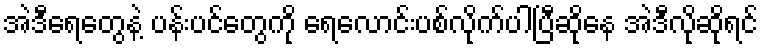
အဲဒီရေတွေနဲ့ ပန်းပင်တွေကို ရေလောင်းပစ်လိုက်ပါပြီဆိုနေ အဲဒီလိုဆိုရင်